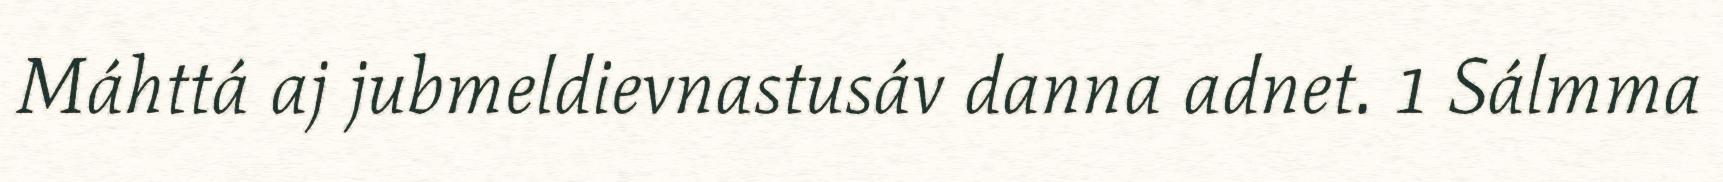
Máhttá aj jubmeldievnastusáv danna adnet. 1 Sálmma